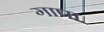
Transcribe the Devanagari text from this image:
गापा